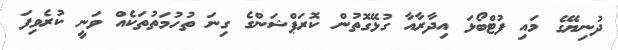
ދުނިޔޭގެ މައި ފުޓްބޯޅަ އިދާރާއާ ގުޅޭގޮތުން ކޮރަޕްޝަންގެ ގިނަ ތުހުމަތުތަކެއް ވަނީ ކުރެވިފަ